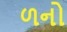
ળનો